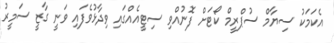
އެކަމަކު ސިޔާމް ސުޕްރީމް ކޯޓަށް ފޮނުއްވި ސިޓީއެއްގައި ވިދާޅުވެފައި ވަނީ ގާޒީ ސަމީރު